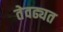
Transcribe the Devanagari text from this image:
तेवढ्यत